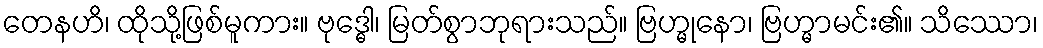
တေနဟိ၊ ထိုသို့ဖြစ်မူကား။ ဗုဒ္ဓေါ၊ မြတ်စွာဘုရားသည်။ ဗြဟ္မုနော၊ ဗြဟ္မာမင်း၏။ သိဿော၊